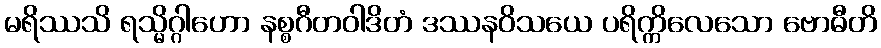
မရိဿသိ ရသ္မိဂ္ဂါဟော နစ္စဂီတဝါဒိတံ ဒဿနဝိသယေ ပရိက္ကိလေသော ဗောဓီတိ